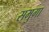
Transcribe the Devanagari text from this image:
समुगा